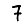
Digit: 7